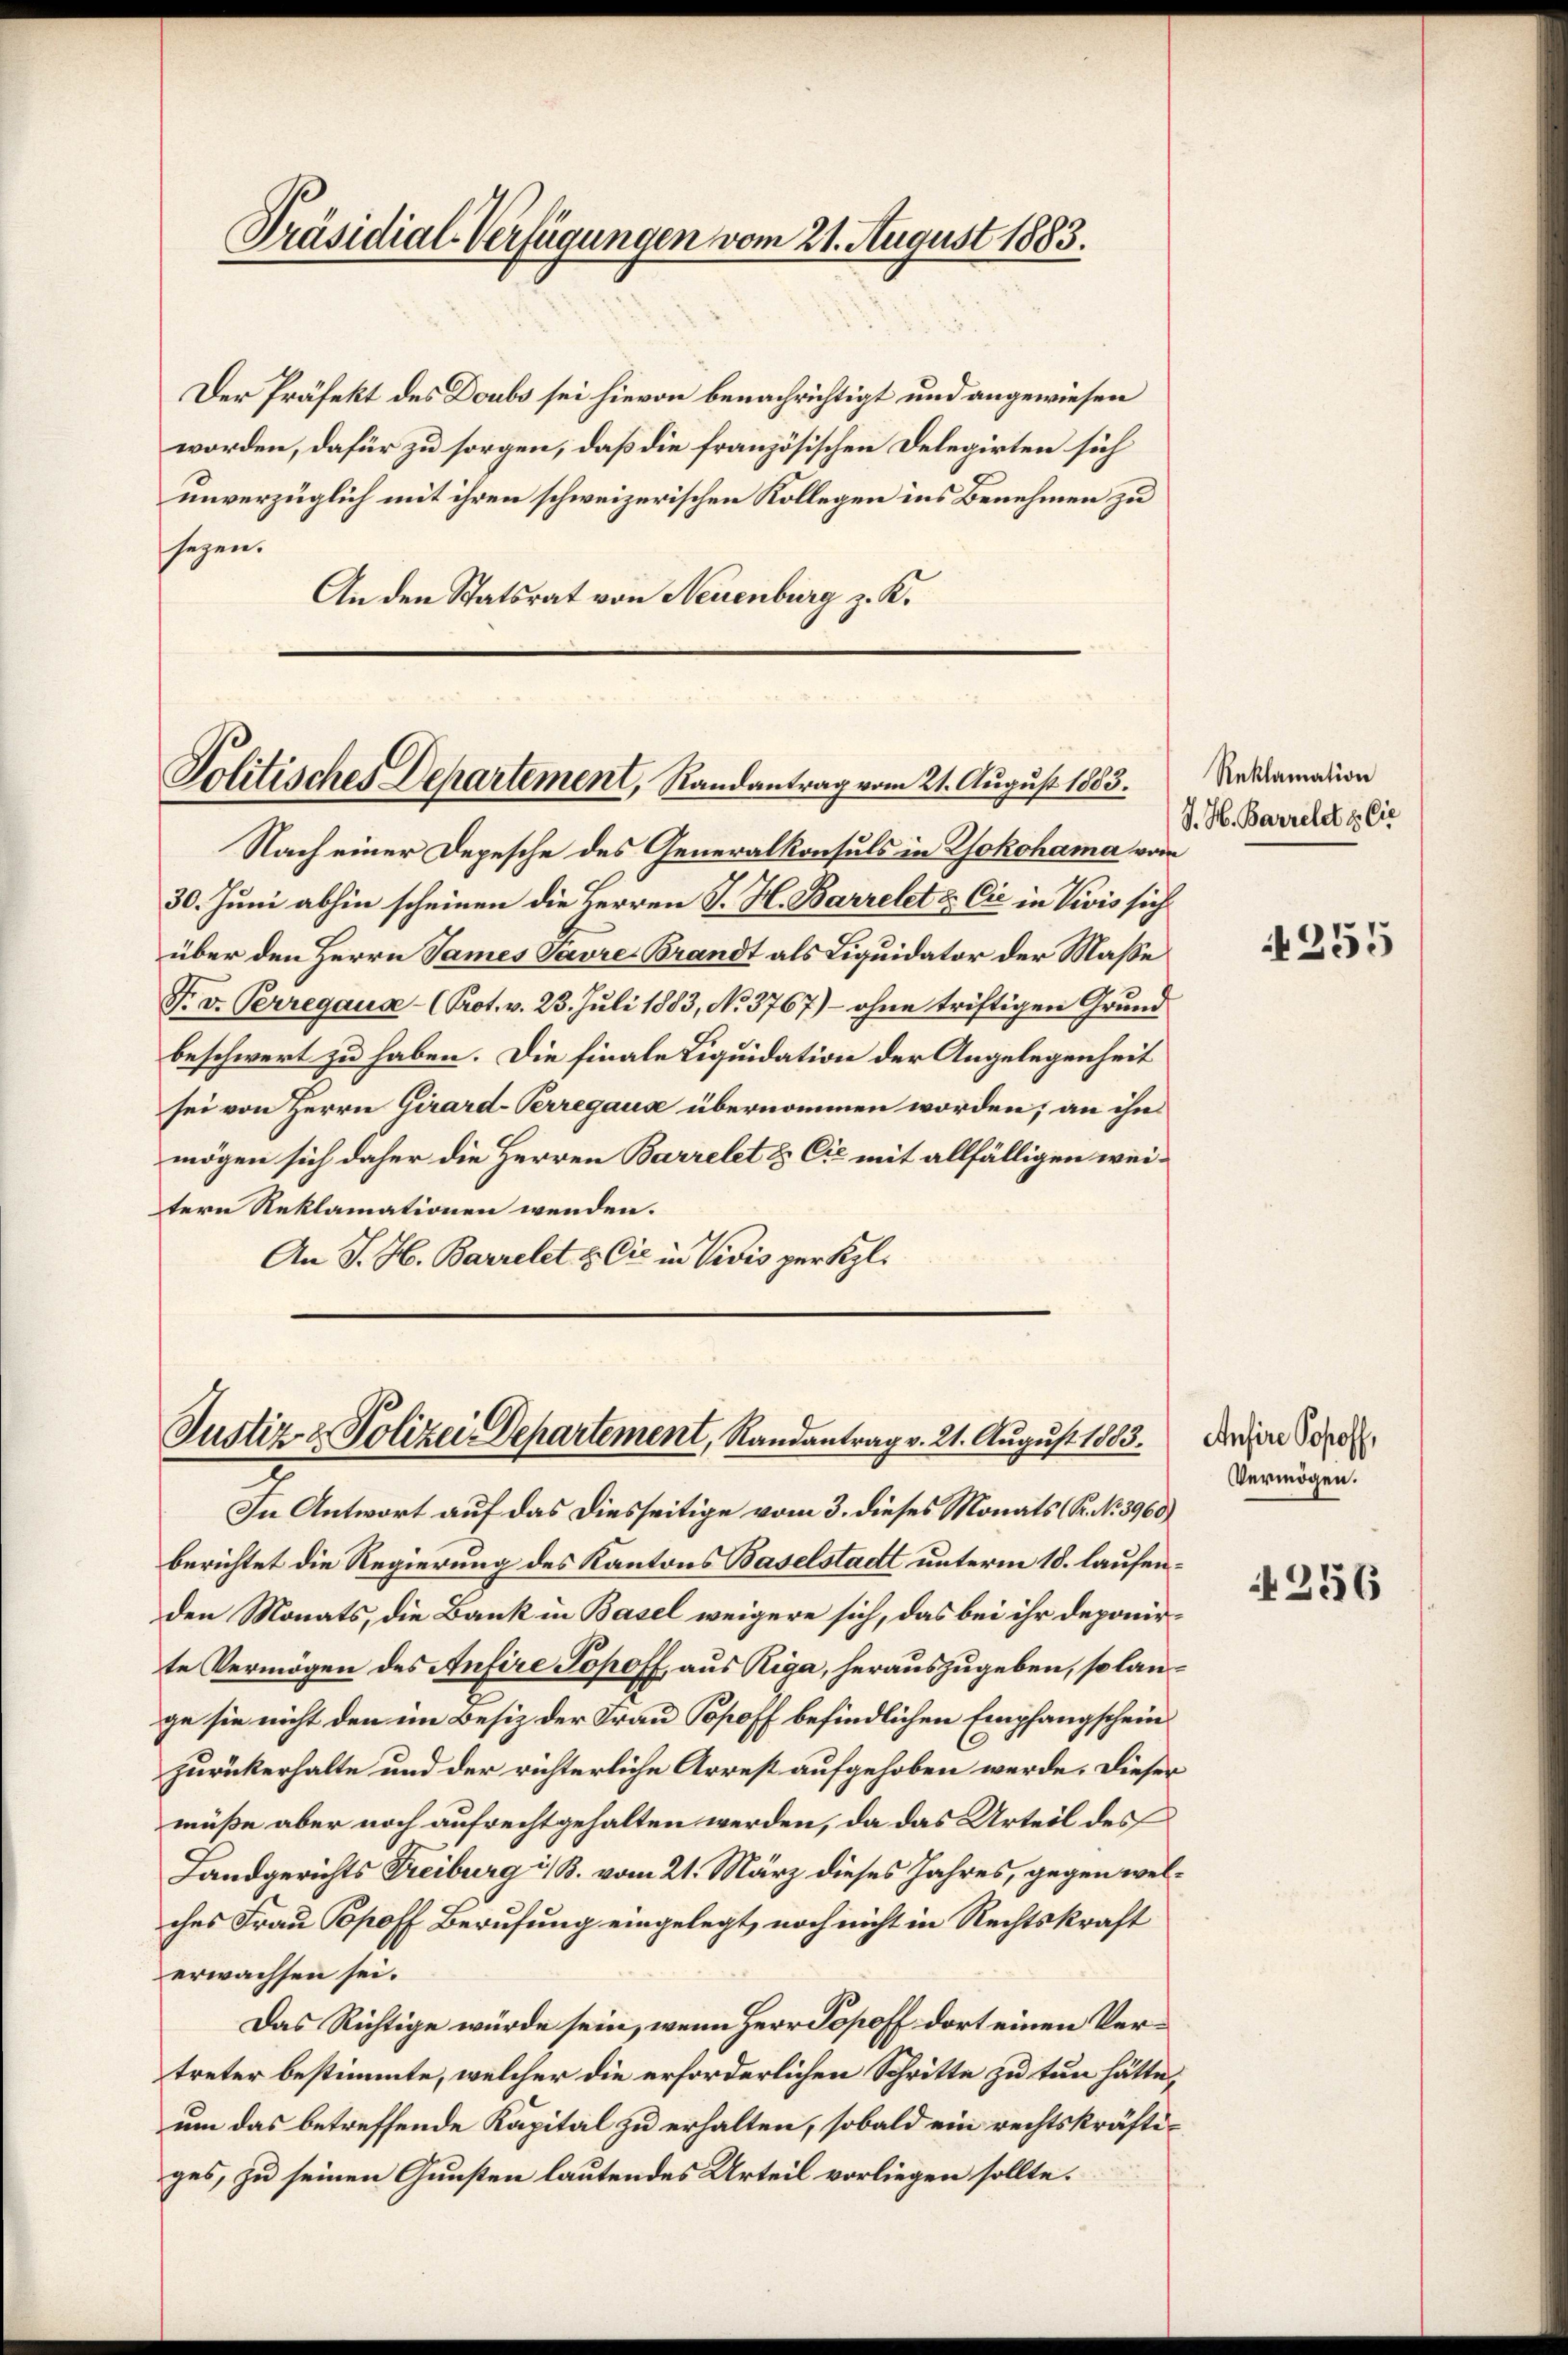
Präsidial-Verfügungen vom 21. August 1883.

Der Präfekt des Doubs sei hievon benachrichtigt und angewiesen
worden, dafür zu sorgen, daß die französischen Delegirten sich
unverzüglich mit ihren schweizerischen Kollegen ins Benehmen zu
sezen.
An den Statsrat von Neuenburg z. K.

Politisches Departement, Randantrag vom 21. August 1883.

Nach einer Depesche des Generalkonsuls in Yokohama vom
30. Juni abhin scheinen die Herren J. H. Barrelet & Cie in Vivis sich
über den Herrn James Tavre Brandt als Liquidator der Masse
F. v. Perregaus- (Prot. v. 23. Juli 1883, No. 3767) - ohne triftigen Grund
beschwert zu haben. Die finale Liquidation der Angelegenheit
sei von Herrn Girard-Perregause übernommen worden; an ihn
mögen sich daher die Herren Barrelet & Cie mit allfälligen weitern Reklamationen wenden.
An J. H. Barrelet & Cie in Vidis per Kgl.

Justiz- & Polizei Departement, Randantrag v. 21. August 1883.

Reklamation
S. H. Barrelet & Cie

In Antwort auf das diesseitige vom 3. dieses Monats (S. N. 3968)
berichtet die Regierung des Kantons Baselstadt unterm 18. laufenden Monats, die Bank in Basel weigere sich, das bei ihr deponirte Vermögen des Anfere Topoff, aus Riga, herauszugeben, so lange sie nicht den im Besiz der Frau Popoff befindlichen Empfangschein
zurückerhalte und der richterliche Arrest aufgehoben werde. Dieser
müße aber noch aufrecht gehalten werden, da das Urteil des
Landgerichts Freiburg i. B. vom 21. März dieses Jahres, gegen welches Frau Popoff Berufung eingelegt, noch nicht in Rechtskraft
erwachsen sei.
Das Richtige würde sein, wenn Herr Popoff dort einen Vertreter bestimmte, welcher die erforderlichen Schritte zu tun hätte,
um das betreffende Kapital zu erhalten, sobald ein rechtskräftiges, zu seinen Gunsten lautendes Urteil vorliegen sollte.

255

Anfere Sopoff,
Vermögen.

256